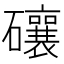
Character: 𥗝